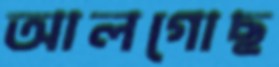
আলগোছ